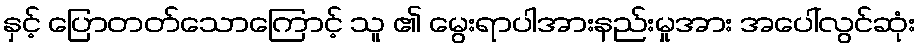
နှင့် ပြောတတ်သောကြောင့် သူ ၏ မွေးရာပါအားနည်းမှုအား အပေါ်လွင်ဆုံး